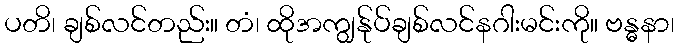
ပတိ၊ ချစ်လင်တည်း။ တံ၊ ထိုအကျွန်ုပ်ချစ်လင်နဂါးမင်းကို။ ဗန္ဓနာ၊